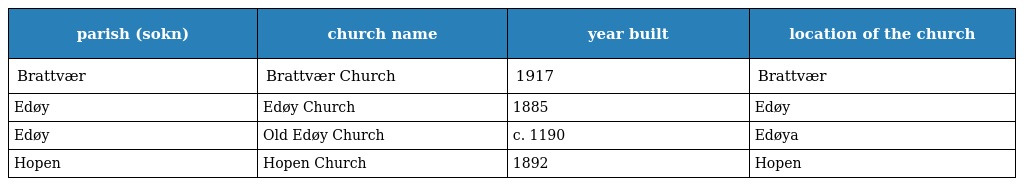
| parish (sokn) | church name | year built | location of the church |
 | --- | --- | --- | --- |
 | Brattvær | Brattvær Church | 1917 | Brattvær |
 | Edøy | Edøy Church | 1885 | Edøy |
 | Edøy | Old Edøy Church | c. 1190 | Edøya |
 | Hopen | Hopen Church | 1892 | Hopen |